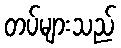
တပ်များသည်